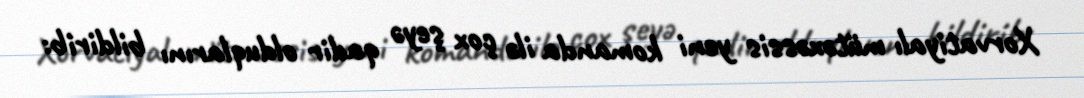
Xorvatiyalı mütəxəssis yeni komanda ilə çox şeyə qadir olduqlarını bildirib: